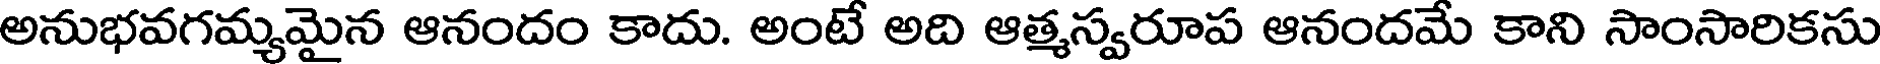
అనుభవగమ్యమైన ఆనందం కాదు. అంటే అది ఆత్మస్వరూప ఆనందమే కాని సాంసారికసు